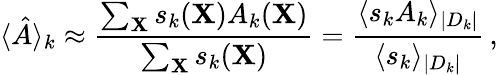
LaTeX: \langle\hat{A}\rangle_{k}\approx\frac{\sum_{\mathbf X}s_{k}({\mathbf X})A_{k}({\mathbf X})}{\sum_{\mathbf X}s_{k}({\mathbf X})}=\frac{\langle s_{k}A_{k}\rangle_{|D_{k}|}}{\langle s_{k}\rangle_{|D_{k}|}}\, ,